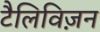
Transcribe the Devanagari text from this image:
टैलिविज़न